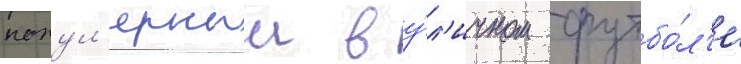
попул'ярныи в у́л'ичном футбо́л'е